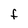
Character: F